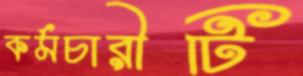
কর্মচারীটি